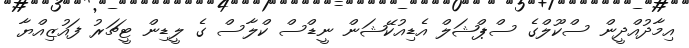
އިމާދުއްދީން ސްކޫލްގެ ސްޕްޝަލް އެޑިއުކޭޝަން ނީޑްސް ކްލާސް ގެ ލީޑިން ޓީޗަރު ފައުޒިއްޔާ